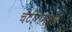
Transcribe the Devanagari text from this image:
चॅटींगमध्ये